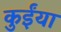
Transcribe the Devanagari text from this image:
कुईंया